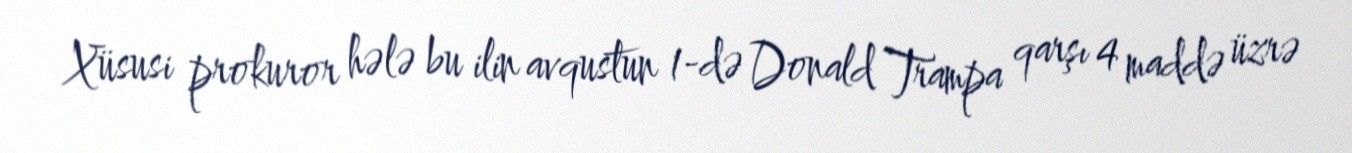
Xüsusi prokuror hələ bu ilin avqustun 1-də Donald Trampa qarşı 4 maddə üzrə